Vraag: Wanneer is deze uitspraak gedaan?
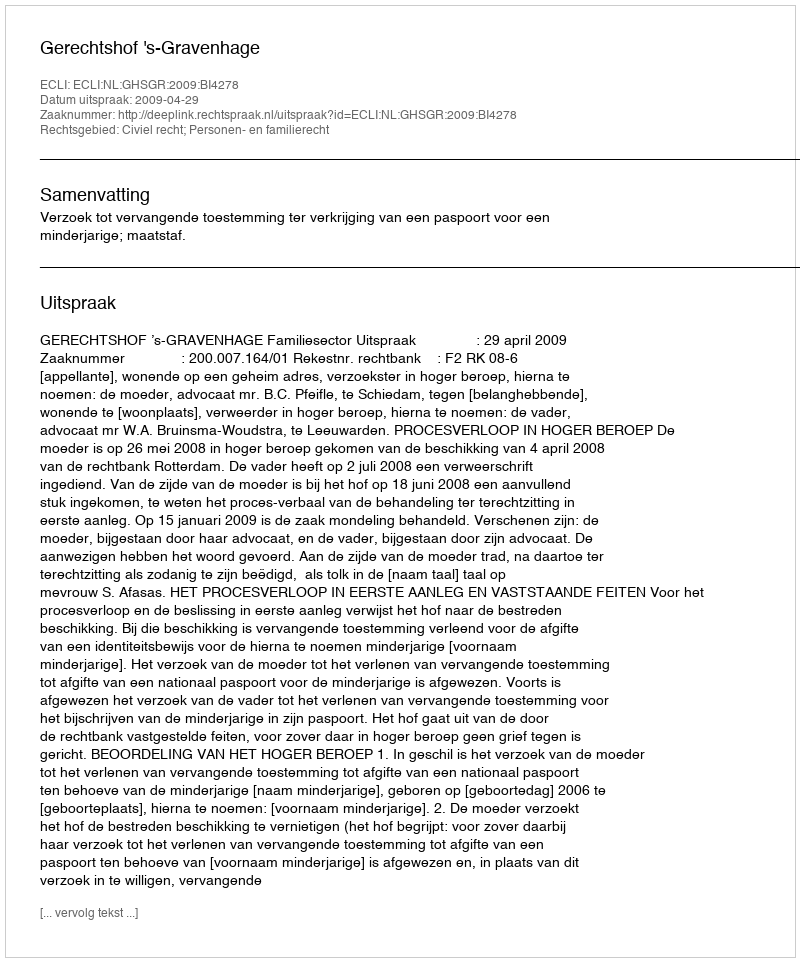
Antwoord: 2009-04-29